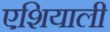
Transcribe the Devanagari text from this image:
एशियाली